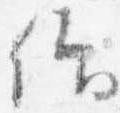
仰